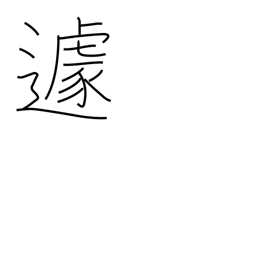
Meaning: agitation